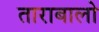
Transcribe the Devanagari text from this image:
ताराबालो